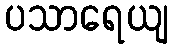
ပသာရေယျ